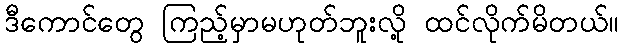
ဒီကောင်တွေ ကြည့်မှာမဟုတ်ဘူးလို့ ထင်လိုက်မိတယ်။